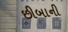
છીબાની